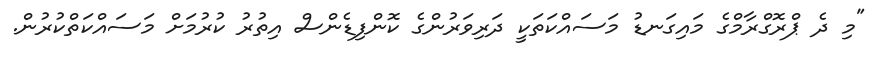
"މި ދެ ޕްރޮގްރާމްގެ މައިގަނޑު މަސައްކަތަކީ ދަރިވަރުންގެ ކޮންފިޑެންސް އިތުރު ކުރުމަށް މަސައްކަތްކުރުން.